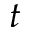
t